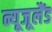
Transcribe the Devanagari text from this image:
न्यूजूलैंड